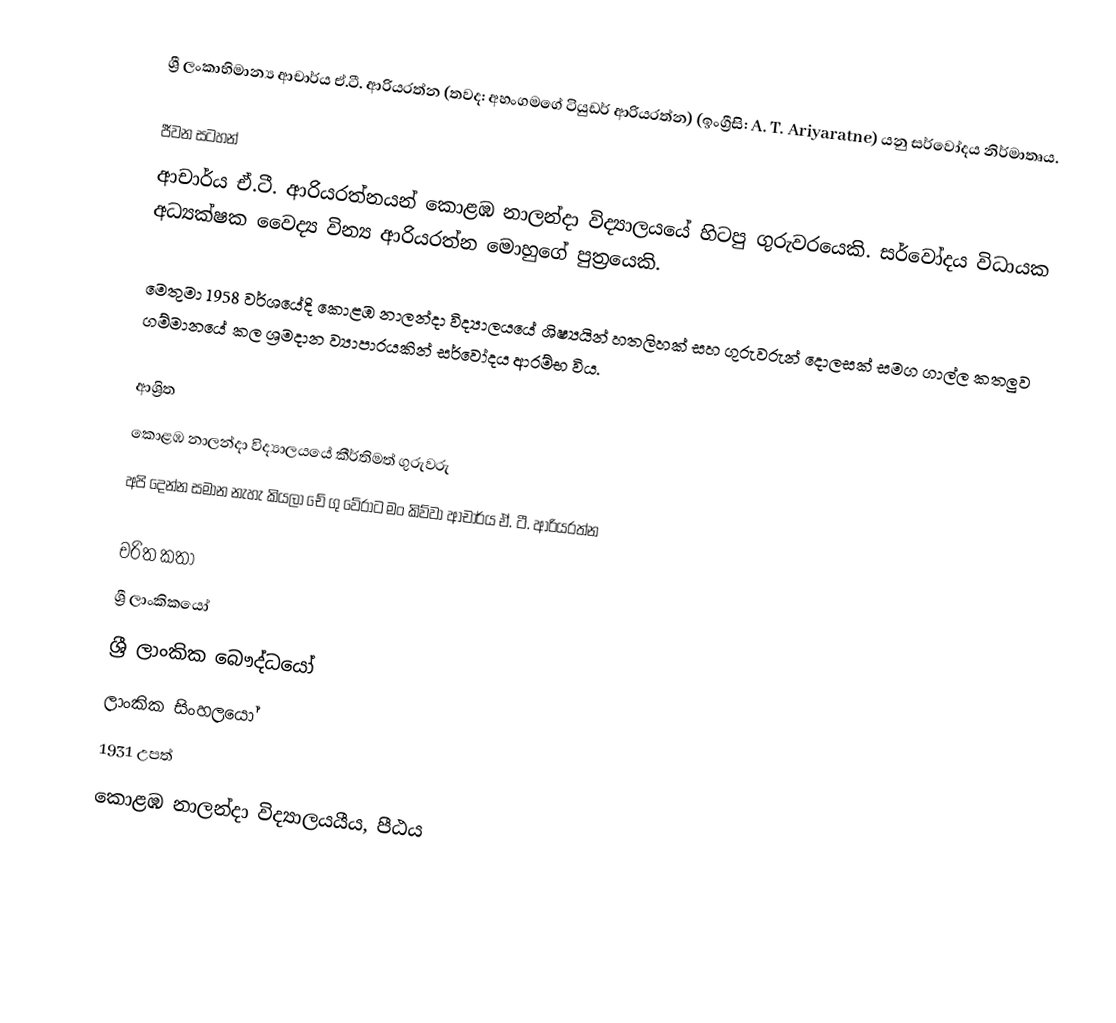
ශ්‍රී ලංකාභිමාන්‍ය ආචාර්ය ඒ.ටී. ආරියරත්න (තවද: අහංගමගේ ටියුඩර් ආරියරත්න) (ඉංග්‍රීසි: A. T. Ariyaratne)  යනු  සර්වෝදය නිර්මාතෘය.

ජීවන සටහන්
ආචාර්ය ඒ.ටී. ආරියරත්නයන් කොළඹ නාලන්දා විද්‍යාලයයේ හිටපු ගුරුවරයෙකි. සර්වෝදය විධායක අධ්‍යක්ෂක  වෛද්‍ය වින්‍ය ආරියරත්න මොහුගේ පුත්‍රයෙකි.

මෙතුමා 1958 වර්ශයේදි කොළඹ නාලන්දා විද්‍යාලයයේ ශිෂ්‍යයින් හතලිහක් සහ ගුරුවරුන් දොලසක් සමග ගාල්ල කතලුව ගම්මානයේ කල ශ්‍රමදාන ව්‍යාපාරයකින් සර්වෝදය ආරම්භ විය.

ආශ්‍රිත
කොළඹ නාලන්දා විද්‍යාලයයේ කීර්තිමත් ගුරුවරු
 අපි දෙන්න සමාන නැහැ කියලා චේ ගු වේරාට මං කිව්වා ආචාර්ය ඒ. ටී. ආරියරත්න

චරිත කතා
ශ්‍රී ලාංකිකයෝ
ශ්‍රී ලාංකික බෞද්ධයෝ
ලාංකික සිංහලයෝ
1931 උපත්
කොළඹ නාලන්දා විද්‍යාලයයීය, පීඨය